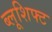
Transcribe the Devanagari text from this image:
ब्लूशिफ्ट